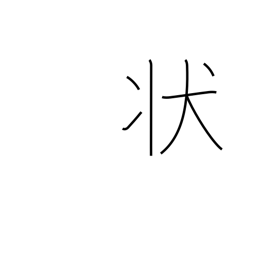
Meaning: status quo